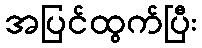
အပြင်ထွက်ပြီး